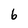
Character: 6